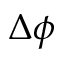
\Delta \phi